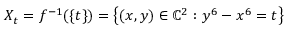
X _ { t } = f ^ { - 1 } ( \{ t \} ) = \left\{ ( x , y ) \in \mathbb { C } ^ { 2 } : y ^ { 6 } - x ^ { 6 } = t \right\}